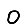
Digit: 0